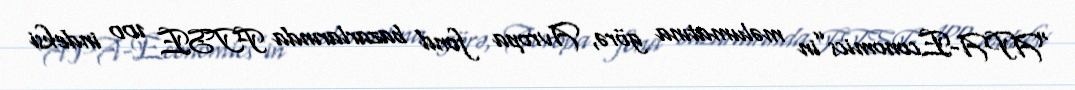
“APA-Economics”in məlumatına görə, Avropa fond bazarlarında FTSE 100 indeksi